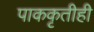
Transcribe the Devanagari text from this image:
पाककृतीही